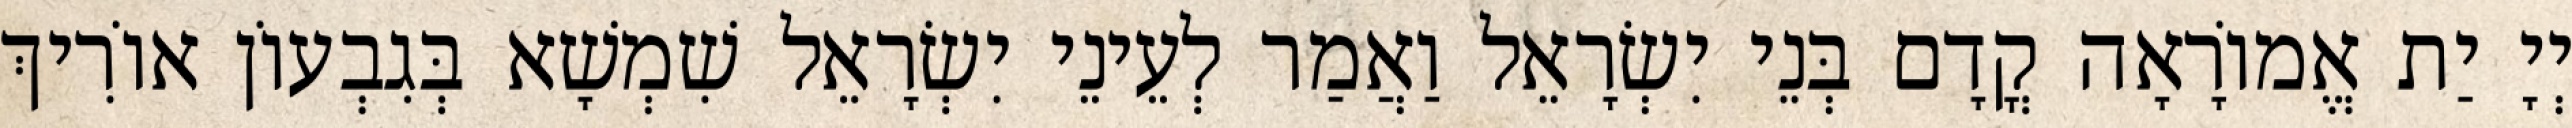
יְיָ יַת אֱמוֹרָאָה קֳדָם בְּנֵי יִשְׂרָאֵל וַאֲמַר לְעֵינֵי יִשְׂרָאֵל שִׁמְשָׁא בְּגִבְעוֹן אוֹרִיךְ